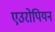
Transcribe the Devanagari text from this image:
एउरोपियन